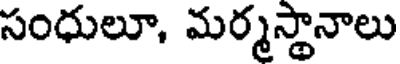
సంధులూ, మర్మస్థానాలు